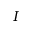
I